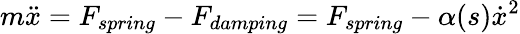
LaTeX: m\ddot{x}=F_{spring}-F_{damping}=F_{spring}-\alpha(s)\dot{x}^{2}